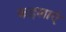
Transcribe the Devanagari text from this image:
कहलाएं